Papers set at the Examination for Leaving Certificates, 1889
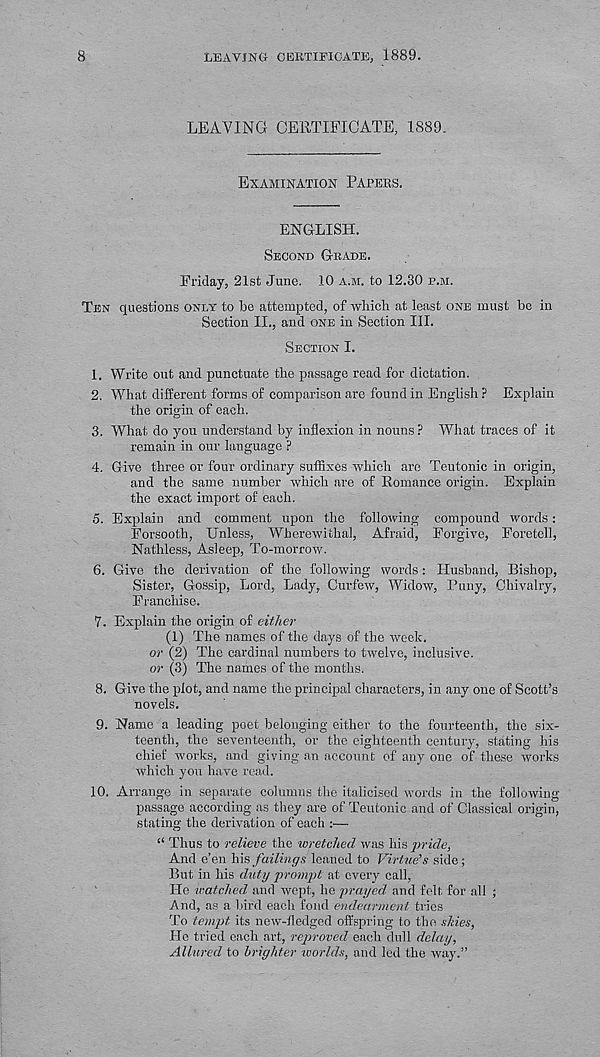
8
LEAVING CERTIFICATE, 1889.
LEAVING CERTIFICATE, 1889.
EXAMINATION PAPERS.
ENGLISH.
SECOND GRADE.
Friday, 21st June. 10 A.M. to 12.30 P.M.
TEN questions ONLY to be attempted, of which at least ONE must be in
Section II., and ONE in Section III.
SECTION I.
1. Write out and punctuate the passage read for dictation.
2. What different forms of comparison are found in English ? Explain
the origin of each.
3. What do you understand by inflexion in nouns ? What traces of it
remain in our language ?
4. Give three or four ordinary suffixes which are Teutonic in origin,
and the same number which are of Romance origin. Explain
the exact import of each.
5. Explain and comment upon the following compound words:
Forsooth, Unless, Wherewithal, Afraid, Forgive, Foretell,
Nathless, Asleep, To-morrow.
6. Give the derivation of the following words: Husband, Bishop,
Sister, Gossip, Lord, Lady, Curfew, Widow, Puny, Chivalry,
Franchise.
7. Explain the origin of either
(1) The names of the days of the week.
or (2) The cardinal numbers to twelve, inclusive.
or (3) The names of the months.
8. Give the plot, and name the principal characters, in any one of Scott’s
novels.
9. Name a leading poet belonging either to the fourteenth, the six-
teenth, the seventeenth, or the eighteenth century, stating his
chief works, and giving an account of any one of these works
which you have read.
10.
Arrange in separate columns the italicis
passage according as they are of Teutonic and of Classical origin,
stating the derivation of each :—
“ Thus to relieve the wretched was his pride,
And e’en his failings leaned to Virtue’s side;
But in his duty prompt at every call,
He watched and wept, he prayed, and felt for all ;
And, as a bird each fond endearment tries
To tempt its new-fledged offspring to the shies,
He tried each art, reproved each dull delay,
Allured to brighter worlds, and led the way.”